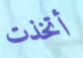
أتخذت